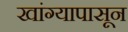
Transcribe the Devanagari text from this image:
खांग्यापासून